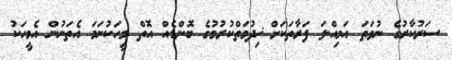
ސަރުކާރުގެ ނުވަތަ އަމިއްލަ ފަރާތަކަށް ޚިދުމަތްކުރުމުގެ ބޮންޑެއް އޮތް މީހަކުނަމަ އެތަނުން އެމީހަކު